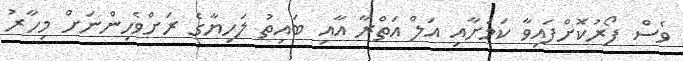
ވެސް ފޯރުކޮށްފައިވާ ކަމަށާއި އަލް އަތްރާ އާއި ބައިތު ލަހިޔާގެ ރަށްވެހިންނަށް މިހާރު